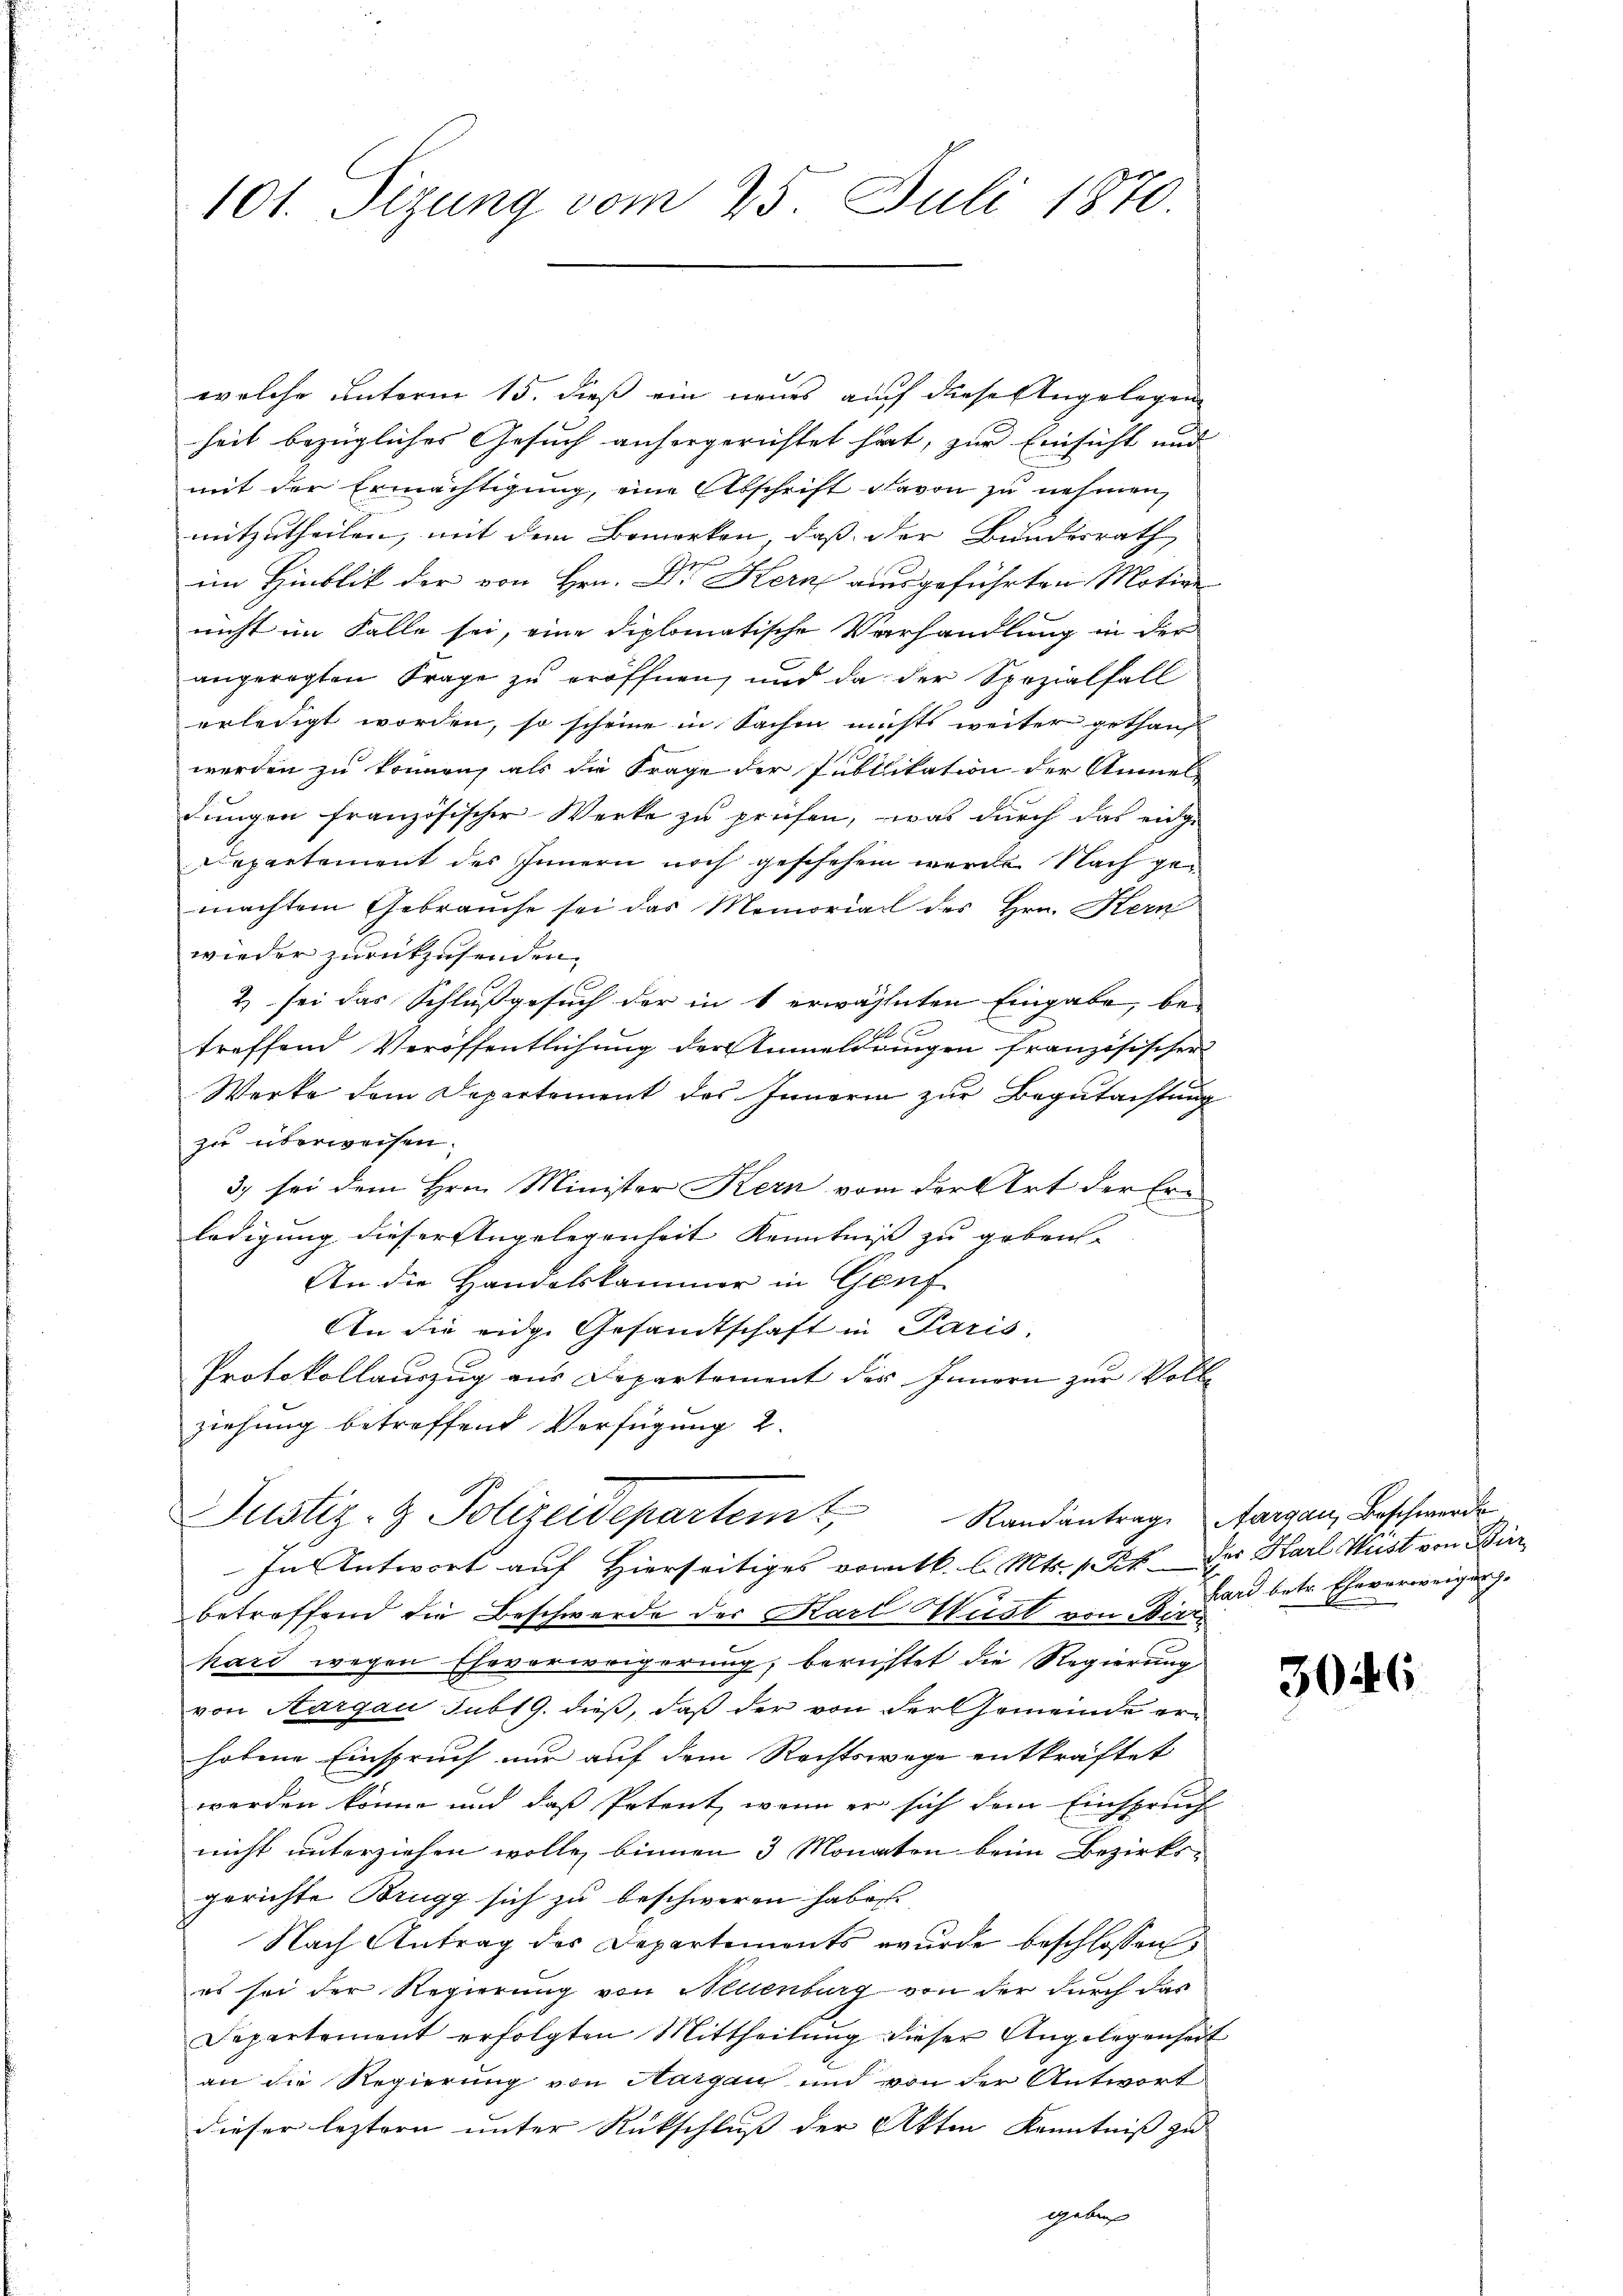
101. Sizung vom 25. Juli 1870.

welche unterm 15. dieß ein neues auch diese Angelegen
heit bezügliches Gesuch anhergerichtet hat, zur Einsicht und
mit der Ermächtigung, eine Abschrift davon zu nehmen
mitzutheilen, mit dem Bemerken, daß der Bundesrath
e
im Hinblik der von Hrn. Dr. Kern ausgeführten Motion
nicht im Falle sei, eine diplomatische Verhandlung in der
angeregten Frage zu eröffnen, und da der Spezialfall
erledigt worden, so scheine in Sachen nichts weiter gethanst
werden zu können, als die Frage der Publikation der Anmel
dungen französischer Werke zu prüfen, was durch das eidge
epartement des Innern noch geschehen werde. Nach gemachten Gebrauche sei das Memorial des Hrn. Hern
wieder zurückzusenden.
2) sei das Schlußgesuch der in 1 erwähnten Eingabe, be-
 42 x
treffend Veröffentlichung der Anmeldungen französischer
Werke dem Departement des Innern zur Begutachtung
zu überweisen.
3) sei dem Hrn. Minister Kern von der Art der Erledigung dieser Angelegenheit Kenntniß zu geben.
An die Handelskammer in Gauf-
An die eidge Gesandtschaft in Paris,
Protokollauszug aus Departement der Innern zur Voll-
ziehung betreffend Verfügung 2.
Justiz- & Polizeidepartem Randantrage Margau, Beschwerde
In Antwort auf Hierseitiges vom kk. l. Mts. 1 Pkt. Der Harl Must von Binbetreffend die Beschwerde der Karl Hust von Bar
hard wegen Ehevorweigerung, berichtet die Regierung
von Aargau sub 19. dieß, daß der von der Gemeinde erhobene Einspruch nur auf dem Rechtswege entkräftet
werden könne und daß Petent, wenn er sich dem Einspruch
nicht unterziehen wolle, binnen 3 Monaten beim Bezirks-
gerichte Brugg sich zu beschweren haben
Nach Antrag des Departements wurde beschlossen,
es sei der Regierung von Neuenburg von der durch das
Departement erfolgten Mittheilung dieser Angelegenheit
an die Regierung von Hargau und von der Antwort
dieser leztern unter Rückschluß der Akten Kenntniß zu
ggeben

hard betr. Eheverweigung.

3046